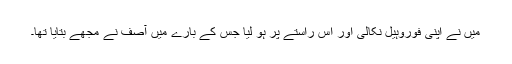
میں نے اپنی فوروہیل نکالی اور اس راستے پر ہو لیا جس کے بارے میں آصف نے مجھے بتایا تھا۔